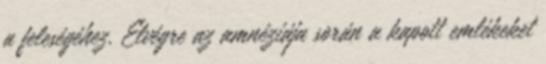
a feleségéhez. Elvégre az amnéziája során a kapott emlékeket